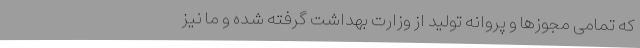
که تمامی ‌مجوزها و ‌پروانه تولید از وزارت بهداشت گرفته شده و ما نیز